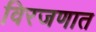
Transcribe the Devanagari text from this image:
विरजणात